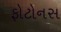
ફોટોનસ